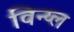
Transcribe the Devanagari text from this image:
विन्य्ल